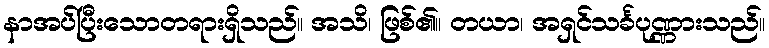
နာအပ်ပြီးသောတရားရှိသည်။ အသိ၊ ဖြစ်၏။ တယာ၊ အရှင်သင်္ခပုဏ္ဏားသည်။